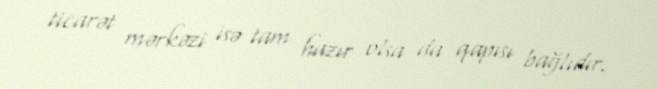
ticarət mərkəzi isə tam hazır olsa da qapısı bağlıdır.